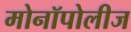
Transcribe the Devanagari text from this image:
मोनॉपोलीज